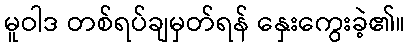
မူဝါဒ တစ်ရပ်ချမှတ်ရန် နှေးကွေးခဲ့၏။